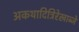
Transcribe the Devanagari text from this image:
अकथादित्रिरेखाब्जे